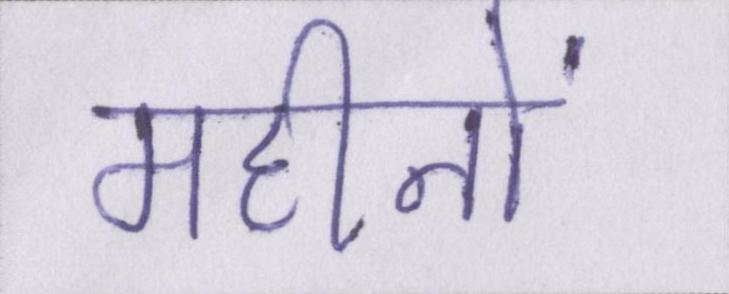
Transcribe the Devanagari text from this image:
महीनों